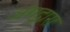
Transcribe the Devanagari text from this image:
अंगद्वारा